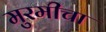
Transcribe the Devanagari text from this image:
मुरमीचा